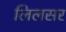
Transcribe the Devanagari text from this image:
लिलसर